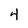
Character: 4